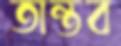
তান্তব